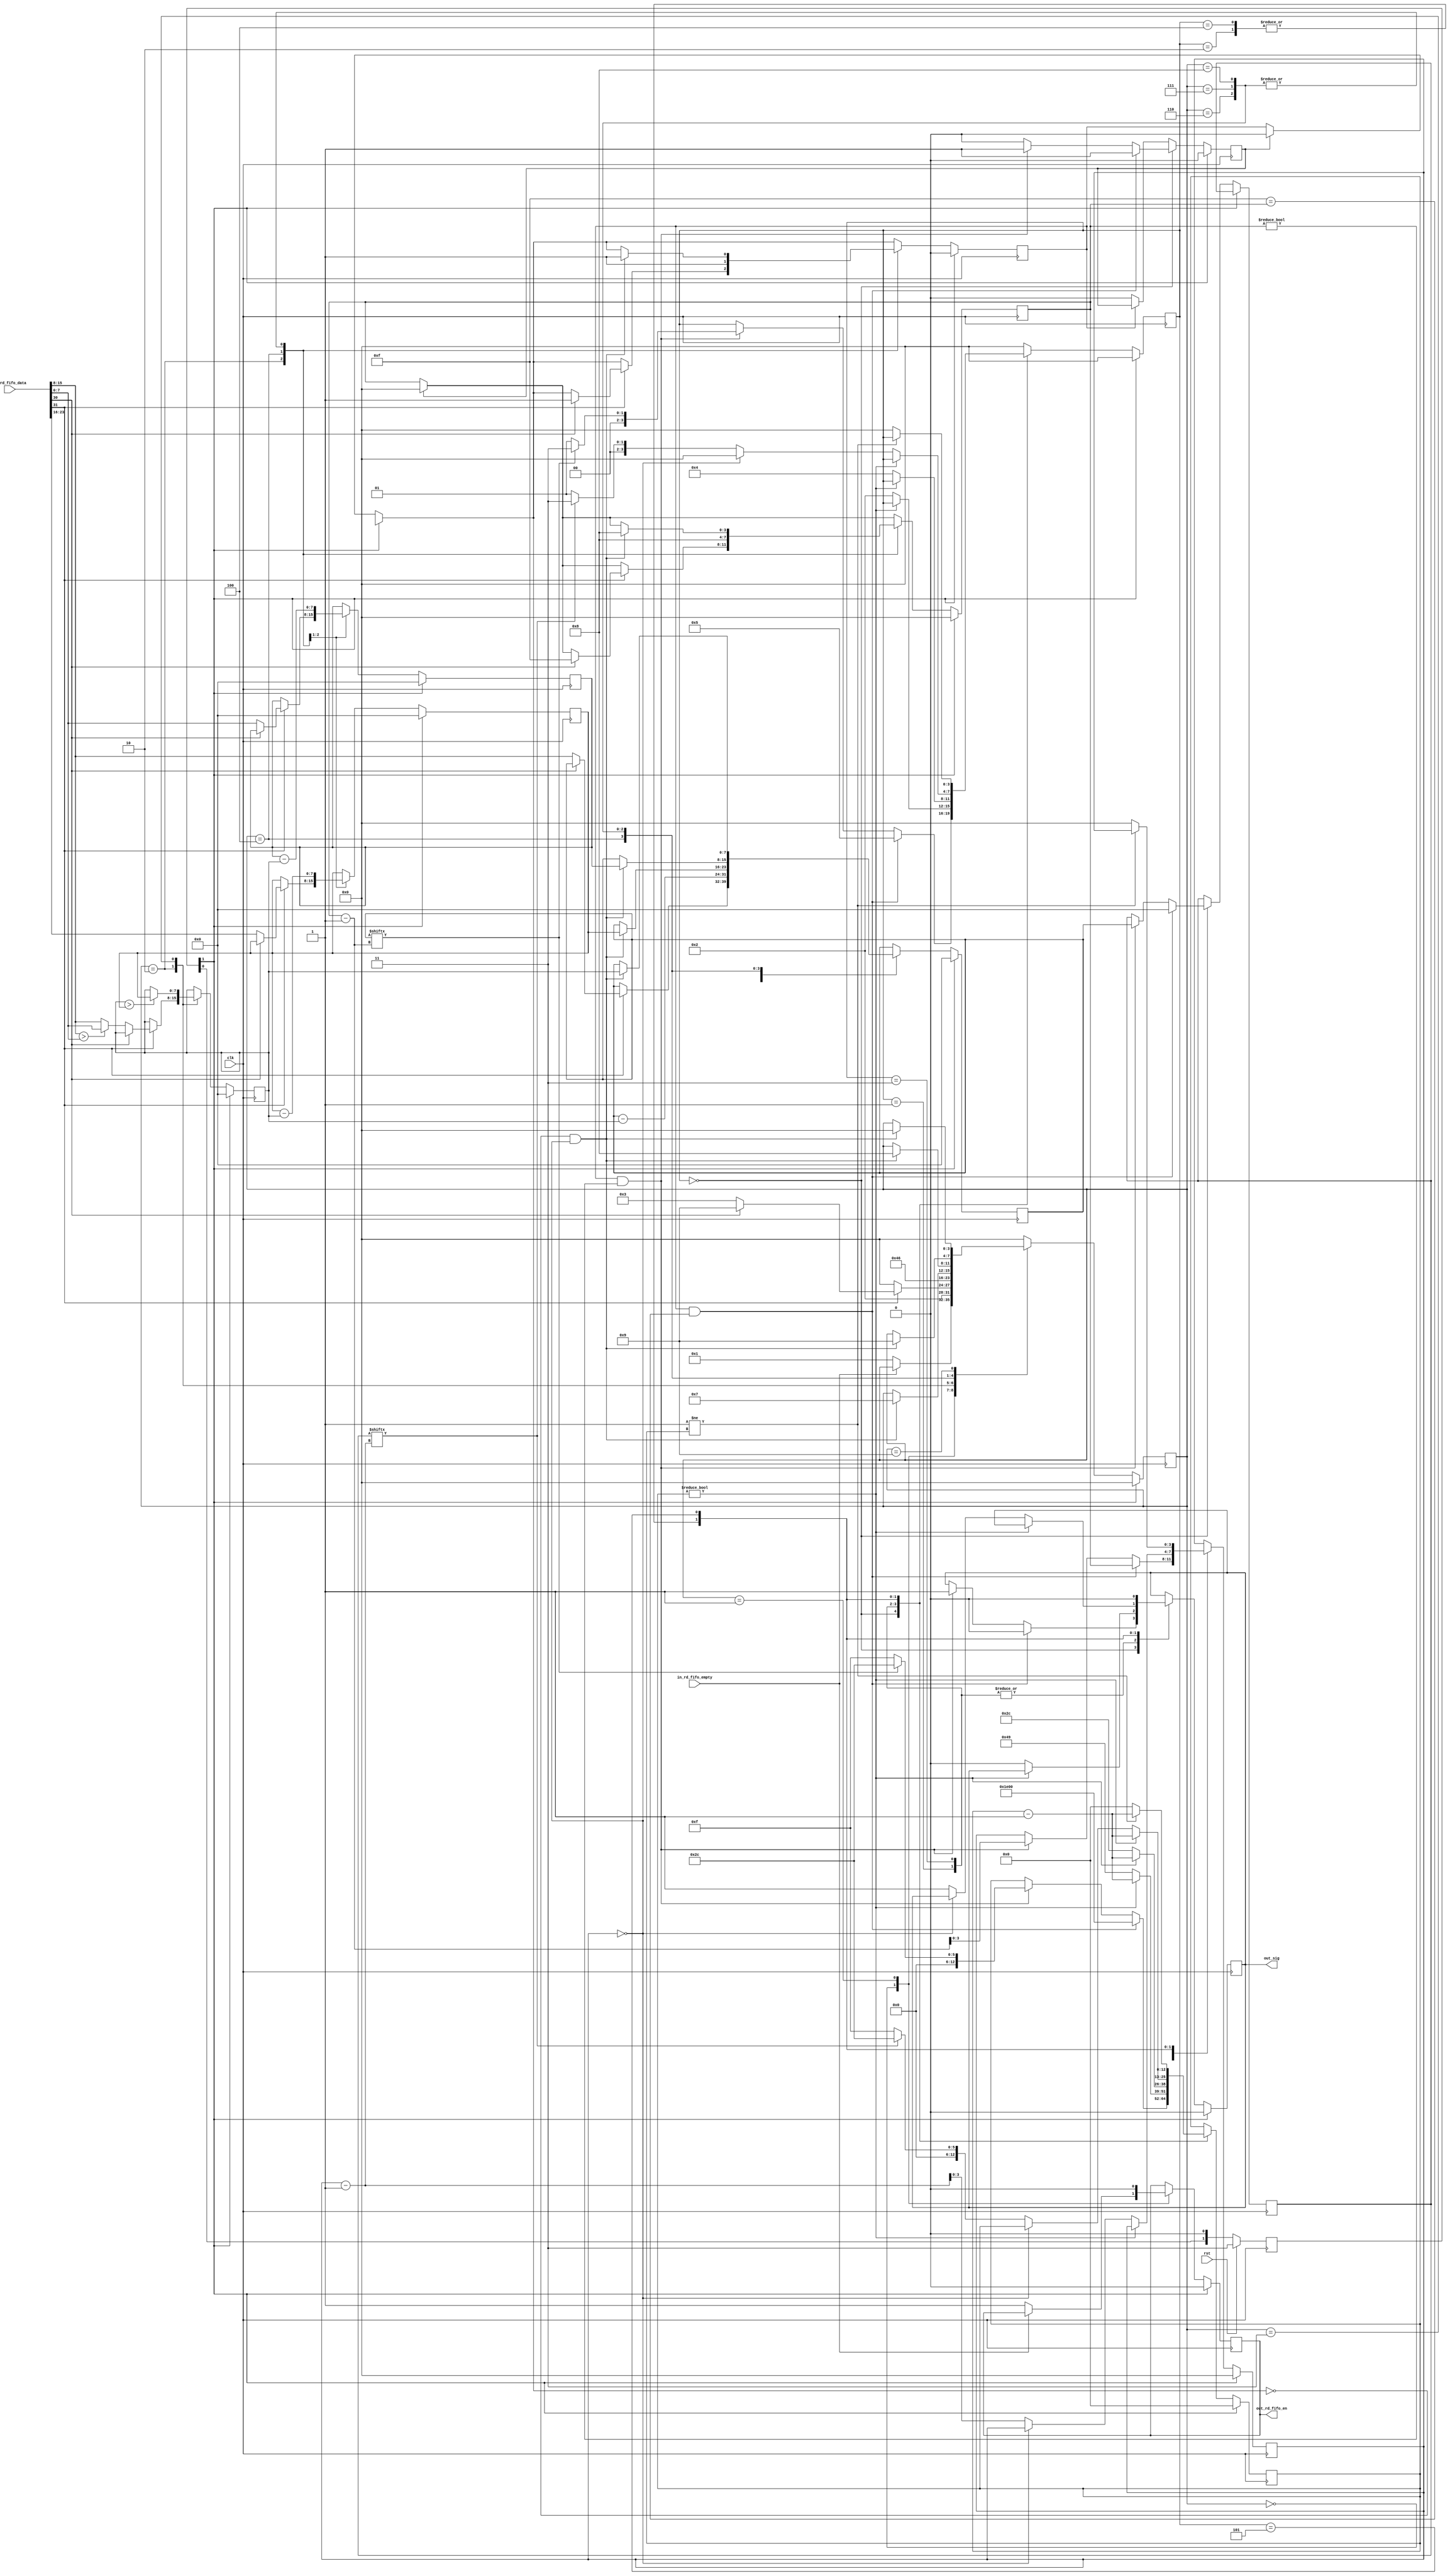
// Mark Olson 2022-08-04
// Reads WS2812b RGB LED words from FIFO
// Sends serial bits per SK6812 RGBW
//    see: https://cdn-shop.adafruit.com/datasheets/WS2812B.pdf
//    see: https://cdn-shop.adafruit.com/product-files/2757/p2757_SK6812RGBW_REV01.pdf
//
// We expect to use a 96 MHz clock; derived from the PLL based on our 12 MHz internal clock
//
// inputs:
//     Status/Green/Red/Blue 32-bit word from FIFO (see bnum_* localparams)
//          Status: bit7            bit6            bit5
//                  valid           in_stream_reset
//
//      clk         expected to be 96 MHz clock
//      rst         if high on 2-3 (or more) consecutive clock posedge: reset our circuitry
//      sig         serial line input
//
// outputs:
//      strobe      high for two clocks when stream_reset and sbit_value have meaning
//                  stream_reset    sbit_value       what it means
//                      1               anything    50 microseconds at same level detected
//                      0               0           bit with value "0" detected
//                      0               1           bit with value "1" detected
//
// If data is available, the FIFO read happens about 4 clocks into (86 clocks remaining in)
//     the output of the last serial bit of the previous FIFO data read. Thus there is plenty of time
//     to calculate the minimum color intensity and adjust the four colors to be output before the data
//     is needed. State machine 2 (serial output) starts the first bit of the next color byte on the
//     same schedule it would use to go between bits within a color byte. Because the data handover was
//     set up in advance, it just keeps going as if it were another bit in the last color byte.
//  It takes 4 clocks from sensing when to start the FIFO read until the data is locked in registers.
//  It takes another 4 clocks from then until state machine 2 would be able to read the new data.
//
// If there is a long delay in the next read-fifo not empty, this can cause a gap at the LOW signal
//    level between LED 32-bit words.
// If you run with a testbench that reduces the number of clocks to send a serial data word, you can
//     reduce it so far that there is a gap at the LOW signal level between LED 32-bit words.
//
//  STATE1_OUT_LAST completes after either STATE2_SEND_T1H or STATE2_SEND_T0H has started. At this point
//     state machine 2 will complete sending the HIGH and the LOW for this bit without looking at any
//     communication from state machine 1. State machine 1 then checks the FIFO and when data is available
//     reads it, transforms it to RBGW, and communicates to state machine 2 that the next color bytes is
//     available.

// RGBW Serial Output logic
module  rgb_sotp #(

    // Parameters - defaults are correct; over-ride for faster testbench
    parameter RGBW_T0H = 16,        // num of clocks to use output - see SK6812RGBW spec
    parameter RGBW_T0L = 74,        // num of clocks to use output - see SK6812RGBW spec
    parameter RGBW_T1H = 45,        // num of clocks to use output - see SK6812RGBW spec
    parameter RGBW_T1L = 45,        // num of clocks to use output - see SK6812RGBW spec
    parameter RGBW_STR_RST = 7681,  // ~= 80 microsec with 96 MHz clock (PLL from 12 MHz)
    parameter COUNTER_MAX = 7800    // a little extra room in the counter (makes no difference in bit width)
) (

    // Inputs
    input           clk,                // clock, expected to be 96 MHz and synchronous with FIFO r_clk
    input           rst,                // reset command: reset this block
    input           in_rd_fifo_empty,   // FIFO read empty signal
    input [31:0]    in_rd_fifo_data,    // FIFO read data
    
    
    // Outputs
    output reg      out_rd_fifo_en,     // FIFO read-enable (request for r_data)
    output reg      out_sig             // output serial signal value
);

    // Calculate number of bits needed for the counter
    localparam WIDTH = $clog2(COUNTER_MAX + 1);
    localparam WID_MSB = WIDTH-1;

    localparam bnum_valid             = 5'd31; // 1 = this data word is valid
    localparam bnum_stream_reset      = 5'd30; // 1 = other bits invalid, just do stream-reset
    localparam bnum_G_first_data_bit  = 5'd23; // most significant bit highest; order G-R-B
    localparam bnum_G_last_data_bit   = 5'd16; // most significant bit highest; order G-R-B
    localparam bnum_R_first_data_bit  = 5'd15; // most significant bit highest; order G-R-B
    localparam bnum_R_last_data_bit   = 5'd8;  // most significant bit highest; order G-R-B
    localparam bnum_B_first_data_bit  = 5'd7;  // most significant bit highest; order G-R-B
    localparam bnum_B_last_data_bit   = 5'd0;  // most significant bit highest; order G-R-B


    // state machine one (supervisor) gets data from FIFO and feeds state machine 2 (serial output)
    localparam STATE1_WAIT_FIFO      = 4'd0;
    localparam STATE1_GET_FIFO_DAT1  = 4'd1;
    localparam STATE1_GET_FIFO_DAT2  = 4'd2;
    localparam STATE1_CNVRT_DAT_1    = 4'd3;
    localparam STATE1_CNVRT_DAT_2    = 4'd4;
    localparam STATE1_CNVRT_DAT_3    = 4'd5;
    localparam STATE1_OUT_RED        = 4'd6; // output order is R/G/B/W
    localparam STATE1_OUT_GREEN      = 4'd7;
    localparam STATE1_OUT_BLUE       = 4'd8;
    localparam STATE1_OUT_LAST       = 4'd9;

    // state machine 2 (serial output) outputs a byte 1 bit at a time or does stream-reset
    localparam STATE2_WAIT_START    = 3'd0;
    localparam STATE2_SEND_T0H      = 3'd1;
    localparam STATE2_SEND_T0L      = 3'd2;
    localparam STATE2_SEND_T1H      = 3'd3;
    localparam STATE2_SEND_T1L      = 3'd4;
    localparam STATE2_OUT_STRM_RST  = 3'd5;

    // Internal signals
    wire            sig_edge;

    // Internal storage elements
    reg [1:0]       rstff = 2'b00;                  // to debounce rst

    // State Machine 1 storage - Executive
    reg [3:0]       state1 = STATE1_WAIT_FIFO;
    // reg [7:0]       fifo_dat_status = 8'b0;  // don't need to save the status
    reg [7:0]       fifo_dat_red = 8'b0;        // holds red then other colors
    reg [7:0]       fifo_dat_green = 8'b0;
    reg [7:0]       fifo_dat_blue = 8'b0;
    reg [7:0]       calc_min_color = 8'b0;

    // State Machine 2 storage - Serial Out
    reg [3:0]       state2 = STATE2_WAIT_START;
    reg [WID_MSB:0] outserial_count = 13'd0;
    reg [3:0]       s1_outbit_count = 4'd0;
    reg             s1_datasend_en = 1'd0;
    reg [3:0]       s2_outbit_count = 4'd0;
    reg             s2_datasend_rcvd = 1'd0;
    reg [7:0]       s2_dat2send = 8'b0;

    // reg          debug = 0;
    

    always @ (posedge clk) begin // Logic for state machine 1 - executive
        // executive state machine removes metastability of rst; provide synchronous off
        if (rst == 1'b1) rstff <= 2'b11;
        else             rstff <= {rstff[0], 1'b0};

        if (rstff[1] == 1'b1) begin // Reset processing
            out_rd_fifo_en <= 1'b0;
            fifo_dat_red <= 8'b0;
            fifo_dat_green <= 8'b0;
            fifo_dat_blue <= 8'b0;
            calc_min_color <= 8'b0;
            s1_datasend_en = 1'd0;
            s1_outbit_count <= 4'd0;
            state1 <= STATE1_WAIT_FIFO;
        end else begin
            if (1'b1 == s2_datasend_rcvd) begin
                s1_outbit_count <= 4'd0;
                s1_datasend_en = 1'd0; // clear it if received
            end
            case (state1)
                STATE1_WAIT_FIFO: begin
                    if (1'b0 == in_rd_fifo_empty) begin
                        out_rd_fifo_en <= 1'b1;
                        state1 <= STATE1_GET_FIFO_DAT1;
                    end // if FIFO not empty
                end // STATE1_WAIT_FIFO
                STATE1_GET_FIFO_DAT1: begin
                    out_rd_fifo_en <= 1'b0;
                    state1 <= STATE1_GET_FIFO_DAT2;
                end // case STATE1_GET_FIFO_DAT1
                STATE1_GET_FIFO_DAT2: begin
                    if (1'b0 == in_rd_fifo_data[bnum_valid]) begin
                        state1 <= STATE1_WAIT_FIFO; // invalid data - ignore
                    end else if (1'b1 == in_rd_fifo_data[bnum_stream_reset]) begin
                        s1_outbit_count <= 4'd15; // code for stream_reset
                        s1_datasend_en = 1'd1;
                        state1 <= STATE1_OUT_LAST;
                    end else begin
                        fifo_dat_red   <= in_rd_fifo_data[bnum_R_first_data_bit:bnum_R_last_data_bit];
                        fifo_dat_green <= in_rd_fifo_data[bnum_G_first_data_bit:bnum_G_last_data_bit];
                        fifo_dat_blue  <= in_rd_fifo_data[bnum_B_first_data_bit:bnum_B_last_data_bit];
                        if (in_rd_fifo_data[bnum_R_first_data_bit:bnum_R_last_data_bit] > in_rd_fifo_data[bnum_B_first_data_bit:bnum_B_last_data_bit]) begin
                            calc_min_color <= in_rd_fifo_data[bnum_B_first_data_bit:bnum_B_last_data_bit];
                        end else begin
                            calc_min_color <= in_rd_fifo_data[bnum_R_first_data_bit:bnum_R_last_data_bit];
                        end
                        state1 <= STATE1_CNVRT_DAT_1;
                    end
                end // case STATE1_GET_FIFO_DAT2
                STATE1_CNVRT_DAT_1: begin
                    if (calc_min_color > fifo_dat_green) calc_min_color <= fifo_dat_green;
                    state1 <= STATE1_CNVRT_DAT_2;
                end // STATE1_CNVRT_DAT_1
                STATE1_CNVRT_DAT_2: begin
                    fifo_dat_red   <= fifo_dat_red - calc_min_color; // use red storage for out
                    fifo_dat_green <= fifo_dat_green - calc_min_color;
                    fifo_dat_blue  <= fifo_dat_blue - calc_min_color;
                    s1_outbit_count <= 4'd8;
                    s1_datasend_en = 1'd1;
                    state1 <= STATE1_OUT_RED;
                end // STATE1_CNVRT_DAT_2
                STATE1_OUT_RED: begin // wait for red to go then load up green
                    if ((1'b0 == s1_datasend_en) && (4'd0 == s2_outbit_count)) begin
                        fifo_dat_red <= fifo_dat_green;
                        s1_outbit_count <= 4'd8;
                        s1_datasend_en = 1'd1;
                        state1 <= STATE1_OUT_GREEN;
                    end
                end // STATE1_OUT_RED
                STATE1_OUT_GREEN: begin // wait for green to go then load up blue
                    if ((1'b0 == s1_datasend_en) && (4'd0 == s2_outbit_count)) begin
                        fifo_dat_red <= fifo_dat_blue;
                        s1_outbit_count <= 4'd8;
                        s1_datasend_en = 1'd1;
                        state1 <= STATE1_OUT_BLUE;
                    end
                end // STATE1_OUT_GREEN
                STATE1_OUT_BLUE: begin // wait for blue to go then load up white
                    if ((1'b0 == s1_datasend_en) && (4'd0 == s2_outbit_count)) begin
                        fifo_dat_red <= calc_min_color;
                        s1_outbit_count <= 4'd8;
                        s1_datasend_en = 1'd1;
                        state1 <= STATE1_OUT_LAST; // white is the last color
                    end
                end // STATE1_OUT_BLUE
                STATE1_OUT_LAST: begin // wait for blue to go then do white or stream_reset
                    if ((1'b0 == s1_datasend_en) && (4'd0 == s2_outbit_count)) begin
                        state1 <= STATE1_WAIT_FIFO;
                    end
                end // STATE1_OUT_LAST
                default: state1 <= STATE1_WAIT_FIFO; // Go to wait_fifo if in unknown state
            endcase // on state1
        end // non-reset processing for state machine 1
    end // always for state machine 1

    always @ (posedge clk) begin // Logic for state machine 2
        if (rstff[1] == 1'b1) begin // Reset processing - metastable done in state machine 1
            out_sig <= 1'b0;
            outserial_count <= 13'd0;
            s2_outbit_count <= 4'd0;
            s2_datasend_rcvd <= 1'b0;
            state2 <= STATE2_WAIT_START;
        end else begin
            if (1'b0 == s1_datasend_en) s2_datasend_rcvd <= 1'b0;;
            case (state2)
                STATE2_WAIT_START: begin
                    if ((1'b1 == s1_datasend_en) && (4'd15 == s1_outbit_count)) begin // stream_reset
                        outserial_count <= RGBW_STR_RST;
                        s2_outbit_count <= s1_outbit_count;
                        s2_dat2send <= 8'b0; // stream_reset - not real data
                        s2_datasend_rcvd <= 1'b1;
                        out_sig <= 1'b0;
                        outserial_count <= RGBW_STR_RST - 13'd1;
                        state2 <= STATE2_OUT_STRM_RST;
                    end else if ((1'b1 == s1_datasend_en) && (4'd0 != s1_outbit_count)) begin
                        out_sig <= 1'b1;
                        s2_outbit_count <= s1_outbit_count - 5'd1;
                        s2_dat2send <= fifo_dat_red; // this is where the data gets placed
                        s2_datasend_rcvd <= 1'b1;
                        if (1'b0 == fifo_dat_red[s1_outbit_count - 5'd1]) begin // not yet stored in s2_dat2send nor s2_outbit_count
                            outserial_count <= RGBW_T0H-13'd1;
                            state2 <= STATE2_SEND_T0H;
                        end else begin
                            outserial_count <= RGBW_T1H-13'd1;
                            state2 <= STATE2_SEND_T1H;
                        end
                    end else begin
                        s2_datasend_rcvd <= 1'b0;
                    end
                end // STATE2_WAIT_START
                STATE2_SEND_T0H: begin
                    if (13'd0 != outserial_count) outserial_count <= outserial_count - 13'd1;
                    else begin
                        out_sig <= 1'b0;
                        outserial_count <= RGBW_T0L-13'd1;
                        state2 <= STATE2_SEND_T0L;
                    end
                end // STATE2_SEND_T0H
                STATE2_SEND_T0L: begin
                    if (13'd0 != outserial_count) outserial_count <= outserial_count - 13'd1;
                    else begin
                        if (4'd0 == s2_outbit_count) state2 <= STATE2_WAIT_START;
                        else begin
                            out_sig <= 1'b1;
                            s2_outbit_count <= s2_outbit_count - 5'd1;
                            if (1'b0 == s2_dat2send[s2_outbit_count-5'd1]) begin
                                outserial_count <= RGBW_T0H-13'd1;
                                state2 <= STATE2_SEND_T0H;
                            end else begin
                                outserial_count <= RGBW_T1H-13'd1;
                                state2 <= STATE2_SEND_T1H;
                            end
                        end
                    end
                end // STATE2_SEND_T0L
                STATE2_SEND_T1H: begin
                    if (13'd0 != outserial_count) outserial_count <= outserial_count - 13'd1;
                    else begin
                        out_sig <= 1'b0;
                        outserial_count <= RGBW_T1L-13'd1;
                        state2 <= STATE2_SEND_T1L;
                    end
                end // STATE2_SEND_T1H
                STATE2_SEND_T1L: begin
                    if (13'd0 != outserial_count) outserial_count <= outserial_count - 13'd1;
                    else begin
                        if (4'd0 == s2_outbit_count) state2 <= STATE2_WAIT_START;
                        else begin
                            out_sig <= 1'b1;
                            s2_outbit_count <= s2_outbit_count - 5'd1;
                            if (1'b0 == s2_dat2send[s2_outbit_count-5'd1]) begin
                                outserial_count <= RGBW_T0H-13'd1;
                                state2 <= STATE2_SEND_T0H;
                            end else begin
                                outserial_count <= RGBW_T1H-13'd1;
                                state2 <= STATE2_SEND_T1H;
                            end
                        end
                    end // finished T1L
                end // STATE2_SEND_T1L
                STATE2_OUT_STRM_RST: begin // 80 microseconds of LOW
                    out_sig <= 1'b0;
                    if (13'd1 != outserial_count) outserial_count <= outserial_count - 13'd1;
                    else begin
                        s2_outbit_count <= 5'd0;
                        outserial_count <= 13'd0;
                        state2 <= STATE2_WAIT_START;
                    end 
                end // STATE2_OUT_STRM_RST
                default: state2 <= STATE2_WAIT_START; // Go to wait_start if in unknown state
            endcase // on state2
        end // non-reset processing for state machine 2
    end // always for state machine 2
    
endmodule